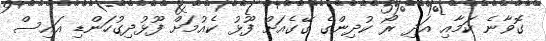
ގޮވާނެ ކަމާއި އަދި ރޯ ކުދިންގެ ގޭގެއަށް ފޫޅު ކެއުމަށް ފޫޅުދިގުހަންޑި އައިސް